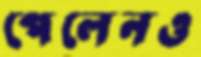
পেলেনও